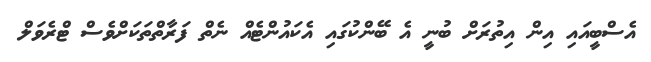
އެސްބީއައި އިން އިތުރަށް ބުނީ އެ ބޭންކުގައި އެކައުންޓެއް ނެތް ފަރާތްތަކަށްވެސް ޓްރެވަލް